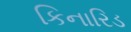
કિનારિડ